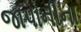
જાપાનીના